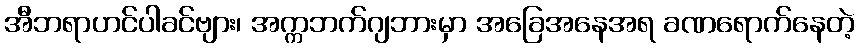
အီဘရာဟင်ပါခင်ဗျား၊ အက္ကဘက်ဂျဘားမှာ အခြေအနေအရ ခဏရောက်နေတဲ့